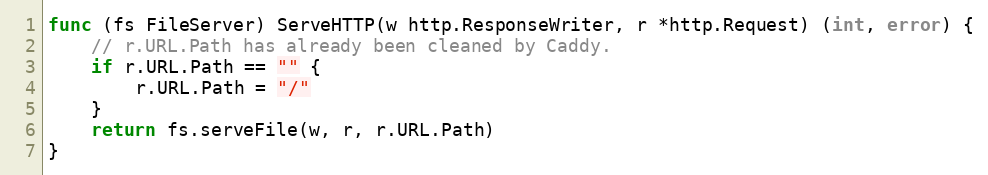
Language: Go
func (fs FileServer) ServeHTTP(w http.ResponseWriter, r *http.Request) (int, error) {
	// r.URL.Path has already been cleaned by Caddy.
	if r.URL.Path == "" {
		r.URL.Path = "/"
	}
	return fs.serveFile(w, r, r.URL.Path)
}